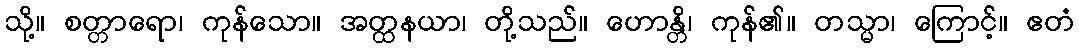
သို့။ စတ္တာရော၊ ကုန်သော။ အတ္ထနယာ၊ တို့သည်။ ဟောန္တိ၊ ကုန်၏။ တသ္မာ၊ ကြောင့်။ ဧတံ